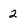
Character: 2